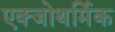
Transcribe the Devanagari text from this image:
एक्जोथर्मिक